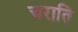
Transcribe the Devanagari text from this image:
चराति